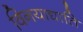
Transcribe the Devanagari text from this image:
विनयाद्याति